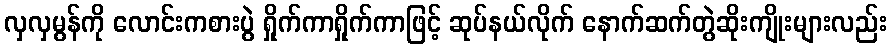
လှလှမွန်ကို လောင်းကစားပွဲ ရှိုက်ကာရှိုက်ကာဖြင့် ဆုပ်နယ်လိုက် နောက်ဆက်တွဲဆိုးကျိုးများလည်း